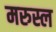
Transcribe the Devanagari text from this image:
मरुस्ल